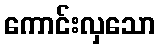
ကောင်းလှသော